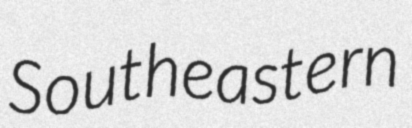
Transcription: Southeastern